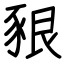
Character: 豤